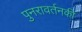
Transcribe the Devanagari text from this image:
पुनरावर्तनकी